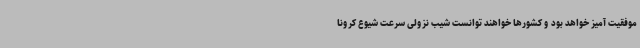
موفقیت آمیز خواهد بود و کشورها خواهند توانست شیب نزولی سرعت شیوع کرونا